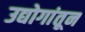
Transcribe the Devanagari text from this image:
उद्योगांतून